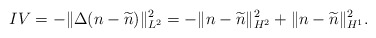
\begin{align*}IV = - \Vert \Delta (n-\widetilde{n}) \Vert_{L^2}^2 = - \Vert n-\widetilde{n} \Vert_{H^2}^2 + \Vert n-\widetilde{n} \Vert_{H^1}^2 .\end{align*}